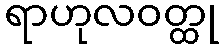
ရာဟုလဝတ္ထု